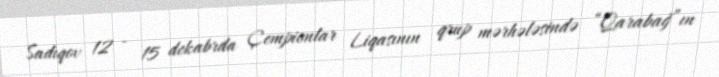
Sadıqov 12 - 15 dekabrda Çempionlar Liqasının qrup mərhələsində “Qarabağ”ın